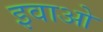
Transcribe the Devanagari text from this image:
इवाओ